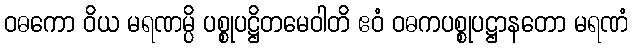
ဝဓကော ဝိယ မရဏမ္ပိ ပစ္စုပဋ္ဌိတမေဝါတိ ဧဝံ ဝဓကပစ္စုပဋ္ဌာနတော မရဏံ